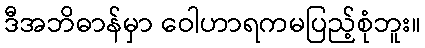
ဒီအဘိဓာန်မှာ ဝေါဟာရကမပြည့်စုံဘူး။